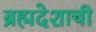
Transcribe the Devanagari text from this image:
ब्रह्मदेशाची